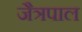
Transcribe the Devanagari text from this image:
जैत्रपाल